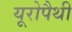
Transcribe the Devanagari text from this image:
यूरोपैथी